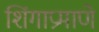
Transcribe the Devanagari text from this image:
शिंगाप्रमाणे